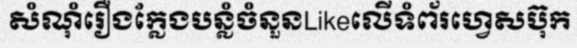
សំណុំរឿងក្លែងបន្លំចំនួនLikeលើទំព័រហ្វេសប៊ុក